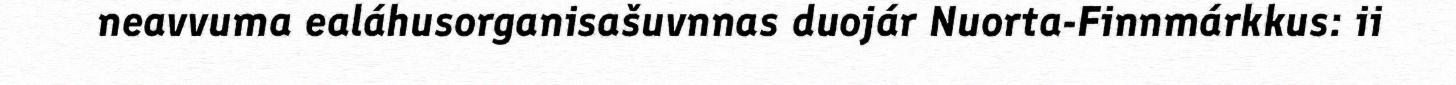
neavvuma ealáhusorganisašuvnnas duojár Nuorta-Finnmárkkus: ii